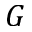
G